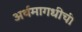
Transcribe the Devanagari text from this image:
अर्थमागधीची